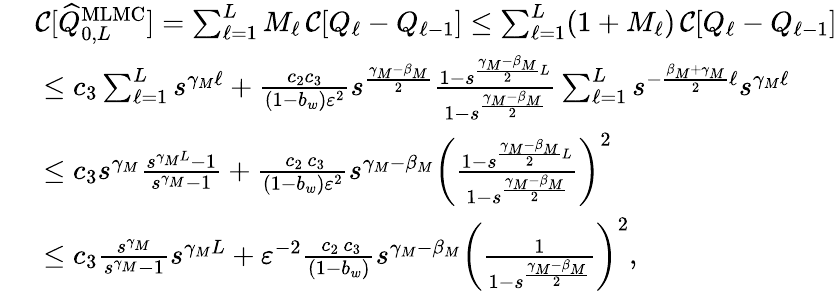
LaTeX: \begin{array}{rl}&{\ {\mathcal{C}}[\widehat{Q}_{0,L}^{\mathrm{MLMC}}]=\sum_{\ell=1}^{L}M_{\ell}\, {\mathcal{C}}[Q_{\ell}-Q_{\ell-1}]\leq\sum_{\ell=1}^{L}(1+M_{\ell})\, {\mathcal{C}}[Q_{\ell}-Q_{\ell-1}]}\\ &{\ \leq c_{3}\sum_{\ell=1}^{L}s^{\gamma_{M}\ell}+\frac{c_{2}c_{3}}{(1-b_{w})\varepsilon^{2}}s^{\frac{\gamma_{M}-\beta_{M}}{2}}\frac{1-s^{\frac{\gamma_{M}-\beta_{M}}{2}L}}{1-s^{\frac{\gamma_{M}-\beta_{M}}{2}}}\sum_{\ell=1}^{L}s^{-\frac{\beta_{M}+\gamma_{M}}{2}\ell}s^{\gamma_{M}\ell}}\\ &{\ \leq c_{3}s^{\gamma_{M}}\frac{s^{\gamma_{M}L}-1}{s^{\gamma_{M}}-1}+\frac{\, c_{2}\, c_{3}}{(1-b_{w})\varepsilon^{2}}s^{\gamma_{M}-\beta_{M}}\bigg(\frac{1-s^{\frac{\gamma_{M}-\beta_{M}}{2}L}}{1-s^{\frac{\gamma_{M}-\beta_{M}}{2}}}\bigg)^{2}}\\ &{\ \leq c_{3}\frac{s^{\gamma_{M}}}{s^{\gamma_{M}}-1}s^{\gamma_{M}L}+\varepsilon^{-2}\frac{\, c_{2}\, c_{3}}{(1-b_{w})}s^{\gamma_{M}-\beta_{M}}\bigg(\frac{1}{1-s^{\frac{\gamma_{M}-\beta_{M}}{2}}}\bigg)^{2},}\end{array}